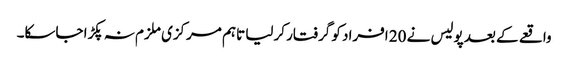
واقعے کے بعد پولیس نے 20 افراد کو گرفتار کرلیا تاہم مرکزی ملزم نہ پکڑا جاسکا۔